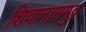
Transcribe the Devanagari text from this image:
शिवानासमुद्र